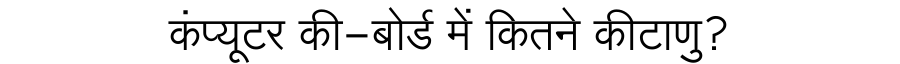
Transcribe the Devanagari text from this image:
कंप्यूटर की-बोर्ड में कितने कीटाणु?